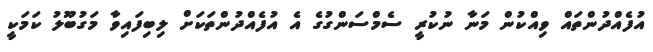
އުފެއްދުންތައް ވިއްކުން މަނާ ނުކުރީ ސެމްސަންގުގެ އެ އުފެއްދުންތަކަށް ލިބިފައިވާ މަގުބޫލު ކަމަކީ